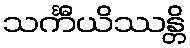
သင်္ကီယိဿန္တိ